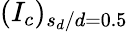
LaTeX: (I_{c})_{s_{d}/d=0.5}